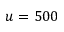
u = 5 0 0